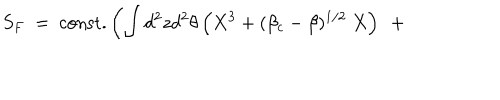
S _ { F } ~ = ~ \mathrm { c o n s t . } \left( \int d ^ { 2 } z d ^ { 2 } \theta \left( X ^ { 3 } + ( \beta _ { c } - \beta ) ^ { 1 / 2 } ~ X \right) ~ + ~ \right. \qquad \qquad \qquad \qquad \nonumber